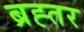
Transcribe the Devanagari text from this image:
ब्रह्तर